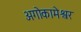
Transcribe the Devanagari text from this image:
अगोकामेश्वर